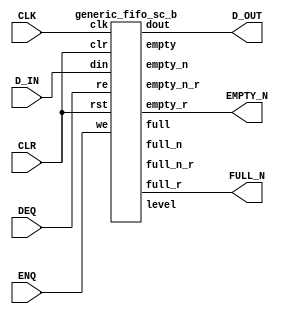
`define  n 32
`define max_size 30
`define SIMULATION_MEMORY
//`define SC_FIFO_ASYNC_RESET				// Uncomment for Syncr. reset
//`define SC_FIFO_ASYNC_RESET	or negedge rst		// Uncomment for Async. reset
 `define dwa  60
`define awa  6
//`define SC_FIFO_ASYNC_RESET				// Uncomment for Syncr. reset
//`define SC_FIFO_ASYNC_RESET	or negedge rst		// Uncomment for Async. reset
 `define dwb  32
`define awb  2
//`define SC_FIFO_ASYNC_RESET				// Uncomment for Syncr. reset
//`define SC_FIFO_ASYNC_RESET	or negedge rst		// Uncomment for Async. reset
 `define dwc  61
`define awc 3

module SizedFIFO_b  (CLK, D_IN,ENQ,DEQ,CLR,D_OUT,FULL_N,EMPTY_N);


input CLK;
input [31:0] D_IN;
input ENQ;
input DEQ;
input	CLR;
output [31:0]	D_OUT;
output	FULL_N;
output	EMPTY_N;
		



wire full;
wire empty;
wire full_n;
wire empty_n;
wire full_n_r;
wire empty_n_r;
wire [1:0] level;

wire always_one;
wire always_zero;

assign always_one = 1'b1;
assign always_zero = 1'b0;

generic_fifo_sc_b fifo_1
(.clk(CLK),
 .rst(CLR),
 .clr (CLR),
 .din (D_IN),
 .we (ENQ),
 .dout (D_OUT),
 .re (DEQ),
 .full(full),
 .empty(empty),
 .full_n(full_n),
 .empty_n(empty_n),
 .full_r (FULL_N),
 .empty_r(EMPTY_N),
 .full_n_r (full_n_r),
 .empty_n_r (empty_n_r),
 .level(level)
 );
 







endmodule
module generic_fifo_sc_b(clk, rst, clr, din, we, dout, re,
			 full, empty,
             full_n, empty_n,
             full_r, empty_r,
			 full_n_r, empty_n_r,
             level);
 /*
parameter dw=8;
parameter aw=8;
parameter n=32;
parameter max_size = 1<<aw;
 */
input			clk, rst, clr;
input	[`dwb-1:0]	din;
input			we;
output	[`dwb-1:0]	dout;
input			re;
output			full, full_r;
output			empty, empty_r;
output			full_n, full_n_r;
output			empty_n, empty_n_r;
output	[1:0]		level;
 
////////////////////////////////////////////////////////////////////
//
// Local Wires
//
 
reg	[`awb-1:0]	wp;
wire	[`awb-1:0]	wp_pl1;
wire	[`awb-1:0]	wp_pl2;
reg	[`awb-1:0]	rp;
wire	[`awb-1:0]	rp_pl1;
reg			full_r;
reg			empty_r;
reg			gb;
reg			gb2;
reg	[`awb:0]		cnt;
wire			full_n, empty_n;
reg			full_n_r, empty_n_r;
 
////////////////////////////////////////////////////////////////////
//
// Memory Block
//
 wire always_zero;
 assign always_zero = 1'b0;
 wire [`dwb-1:0] junk_out;
 
 wire [`dwb-1:0] junk_in;
 
 // manually assign
 assign junk_in = 34'b0000000000000000000000000000000000;

defparam ram1.ADDR_WIDTH = `awb;
defparam ram1.DATA_WIDTH = `dwb;
dual_port_ram   ram1(
	.clk(		clk		),
	.addr1(		rp		),
	.addr2(		wp		),
	.we1(		we		),
	.we2(		always_zero		),
	.out1(		dout		),
	.out2(		junk_out		),
	.data1(		din		),
	.data2 (	junk_in)
	);
 
////////////////////////////////////////////////////////////////////
//
// Misc Logic
//
 
always @(posedge clk )
	if(!rst)	wp <=  {2'b00};
	else
	if(clr)		wp <=  {2'b00};
	else
	if(we)		wp <=  wp_pl1;
 
assign wp_pl1 = wp + { {1'b0}, 1'b1};
assign wp_pl2 = wp + {  2'b10};
 
always @(posedge clk )
	if(!rst)	rp <=  {2'b00};
	else
	if(clr)		rp <=  {2'b00};
	else
	if(re)		rp <=  rp_pl1;
 
assign rp_pl1 = rp + { {1'b0}, 1'b1};
 
////////////////////////////////////////////////////////////////////
//
// Combinatorial Full & Empty Flags
//
 
assign empty = ((wp == rp) & !gb);
assign full  = ((wp == rp) &  gb);
 
// Guard Bit ...
always @(posedge clk )
	if(!rst)			gb <=  1'b0;
	else
	if(clr)				gb <=  1'b0;
	else
	if((wp_pl1 == rp) & we)		gb <=  1'b1;
	else
	if(re)				gb <=  1'b0;
 
////////////////////////////////////////////////////////////////////
//
// Registered Full & Empty Flags
//
 
// Guard Bit ...
always @(posedge clk )
	if(!rst)			gb2 <=  1'b0;
	else
	if(clr)				gb2 <=  1'b0;
	else
	if((wp_pl2 == rp) & we)		gb2 <=  1'b1;
	else
	if((wp != rp) & re)		gb2 <=  1'b0;
 
always @(posedge clk )
	if(!rst)				full_r <=  1'b0;
	else
	if(clr)					full_r <=  1'b0;
	else
	if(we & ((wp_pl1 == rp) & gb2) & !re)	full_r <=  1'b1;
	else
	if(re & ((wp_pl1 != rp) | !gb2) & !we)	full_r <=  1'b0;
 
always @(posedge clk )
	if(!rst)				empty_r <=  1'b1;
	else
	if(clr)					empty_r <=  1'b1;
	else
	if(we & ((wp != rp_pl1) | gb2) & !re)	empty_r <=  1'b0;
	else
	if(re & ((wp == rp_pl1) & !gb2) & !we)	empty_r <=  1'b1;
 
////////////////////////////////////////////////////////////////////
//
// Combinatorial Full_n & Empty_n Flags
//
 
assign empty_n = cnt < `n;
assign full_n  = !(cnt < (`max_size-`n+1));
assign level = {{cnt[`awb]}, {cnt[`awb]}} | cnt[`awb-1:`awb-2];
 
// N entries status
always @(posedge clk )
	if(!rst)	cnt <=  {2'b00};
	else
	if(clr)		cnt <=  {2'b00};
	else
	if( re & !we)	cnt <=  cnt + { 3'b111};
	else
	if(!re &  we)	cnt <=  cnt + { {2'b00}, 1'b1};
 
////////////////////////////////////////////////////////////////////
//
// Registered Full_n & Empty_n Flags
//
 
always @(posedge clk )
	if(!rst)				empty_n_r <=  1'b1;
	else
	if(clr)					empty_n_r <=  1'b1;
	else
	if(we & (cnt >= (`n-1) ) & !re)		empty_n_r <=  1'b0;
	else
	if(re & (cnt <= `n ) & !we)		empty_n_r <=  1'b1;
 
always @(posedge clk )
	if(!rst)				full_n_r <=  1'b0;
	else
	if(clr)					full_n_r <=  1'b0;
	else
	if(we & (cnt >= (`max_size-`n) ) & !re)	full_n_r <=  1'b1;
	else
	if(re & (cnt <= (`max_size-`n+1)) & !we)	full_n_r <=  1'b0;

endmodule

module dual_port_ram(
clk,
addr1,
addr2,
data1,
data2,
we1,
we2,
out1,
out2
);

parameter DATA_WIDTH = 256;
parameter ADDR_WIDTH = 10;
input clk;
input [ADDR_WIDTH-1:0] addr1;
input [ADDR_WIDTH-1:0] addr2;
input [DATA_WIDTH-1:0] data1;
input [DATA_WIDTH-1:0] data2;
input we1;
input we2;
output reg [DATA_WIDTH-1:0] out1;
output reg [DATA_WIDTH-1:0] out2;

reg [DATA_WIDTH-1:0] ram[ADDR_WIDTH-1:0];

always @(posedge clk) begin
  if (we1) begin
    ram[addr1] <= data1;
  end
  else begin
    out1 <= ram[addr1];
  end
end

always @(posedge clk) begin
  if (we2) begin
    ram [addr2] <= data2;
  end
  else begin
    out2 <= ram[addr2];
  end
end

endmodule